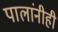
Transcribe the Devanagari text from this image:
पालांनीही